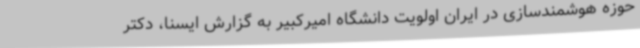
حوزه هوشمندسازی در ایران اولویت دانشگاه امیرکبیر به گزارش ایسنا، دکتر